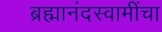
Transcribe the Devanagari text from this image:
ब्रह्मानंदस्वामींचा